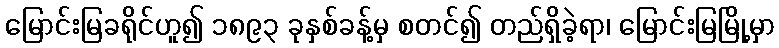
မြောင်းမြခရိုင်ဟူ၍ ၁၈၉၃ ခုနှစ်ခန့်မှ စတင်၍ တည်ရှိခဲ့ရာ၊ မြောင်းမြမြို့မှာ